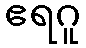
ဧရဂူ